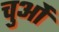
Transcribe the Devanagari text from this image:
चुओं